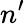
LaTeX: n^{\prime}